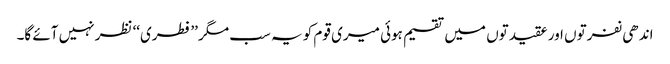
اندھی نفرتوں اور عقیدتوں میں تقسیم ہوئی میری قوم کو یہ سب مگر ’’فطری‘‘ نظر نہیں آئے گا۔